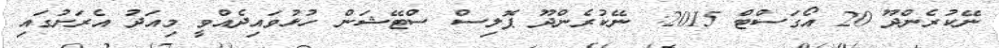
ނޭކުރެންދޫ 20 އޯގަސްޓް 2015: ނޭކުރެންދޫ ޕޮލިސް ސްޓޭޝަން ހުޅުވައިދެއްވީ މިއަދު އެރަށުގައި